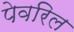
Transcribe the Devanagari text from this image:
पेवरिल